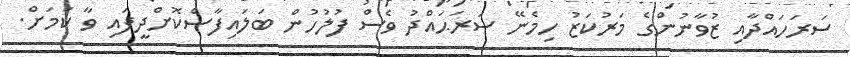
ސަރަހައްދާއި ޒުވާނުންގެ މަރުކަޒު ހިމެނޭ ސަރަޙައްދު ވެސް ފުލުހުން ބަލައިފާސްކޮށްދީފައި ވާ ކަމަށް.